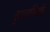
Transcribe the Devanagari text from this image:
दृश्यनिर्वाह